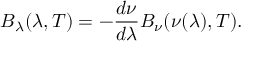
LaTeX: B _ { \lambda } ( \lambda , T ) = - { \frac { d \nu } { d \lambda } } B _ { \nu } ( \nu ( \lambda ) , T ) .